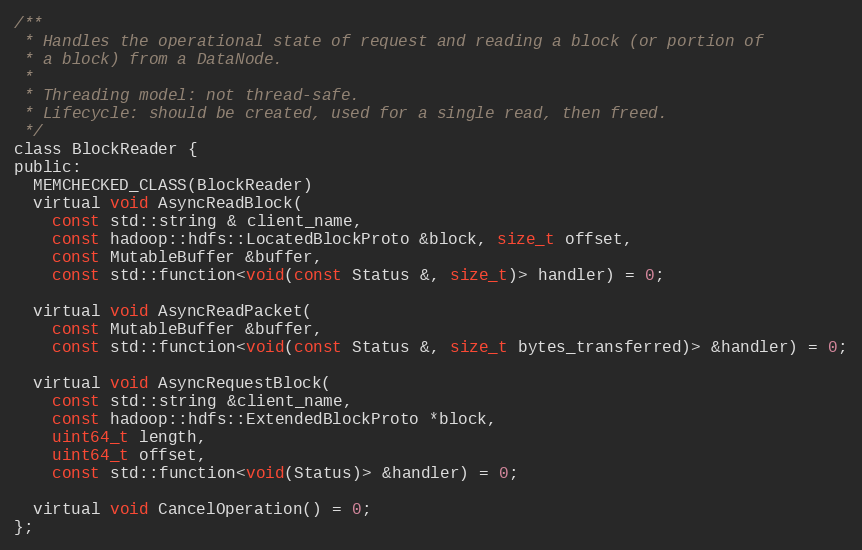
Language: C
/**
 * Handles the operational state of request and reading a block (or portion of
 * a block) from a DataNode.
 *
 * Threading model: not thread-safe.
 * Lifecycle: should be created, used for a single read, then freed.
 */
class BlockReader {
public:
  MEMCHECKED_CLASS(BlockReader)
  virtual void AsyncReadBlock(
    const std::string & client_name,
    const hadoop::hdfs::LocatedBlockProto &block, size_t offset,
    const MutableBuffer &buffer,
    const std::function<void(const Status &, size_t)> handler) = 0;

  virtual void AsyncReadPacket(
    const MutableBuffer &buffer,
    const std::function<void(const Status &, size_t bytes_transferred)> &handler) = 0;

  virtual void AsyncRequestBlock(
    const std::string &client_name,
    const hadoop::hdfs::ExtendedBlockProto *block,
    uint64_t length,
    uint64_t offset,
    const std::function<void(Status)> &handler) = 0;

  virtual void CancelOperation() = 0;
};